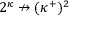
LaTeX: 2 ^ { \kappa } \not \rightarrow ( \kappa ^ { + } ) ^ { 2 }